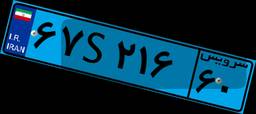
۵۸S۳۷۱۹۳